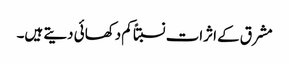
مشرق کے اثرات نسبتاً کم دکھائی دیتے ہیں۔